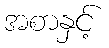
အစာနှင့်